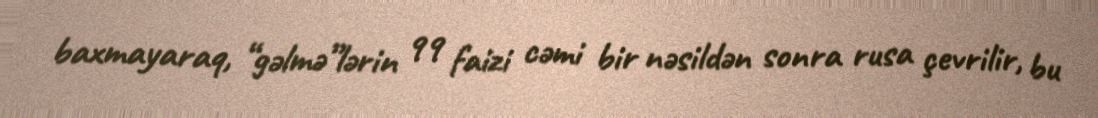
baxmayaraq, “gəlmə”lərin 99 faizi cəmi bir nəsildən sonra rusa çevrilir, bu